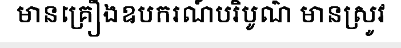
មានគ្រឿងឧបករណ៍បរិបូណ៌ មានស្រូវ